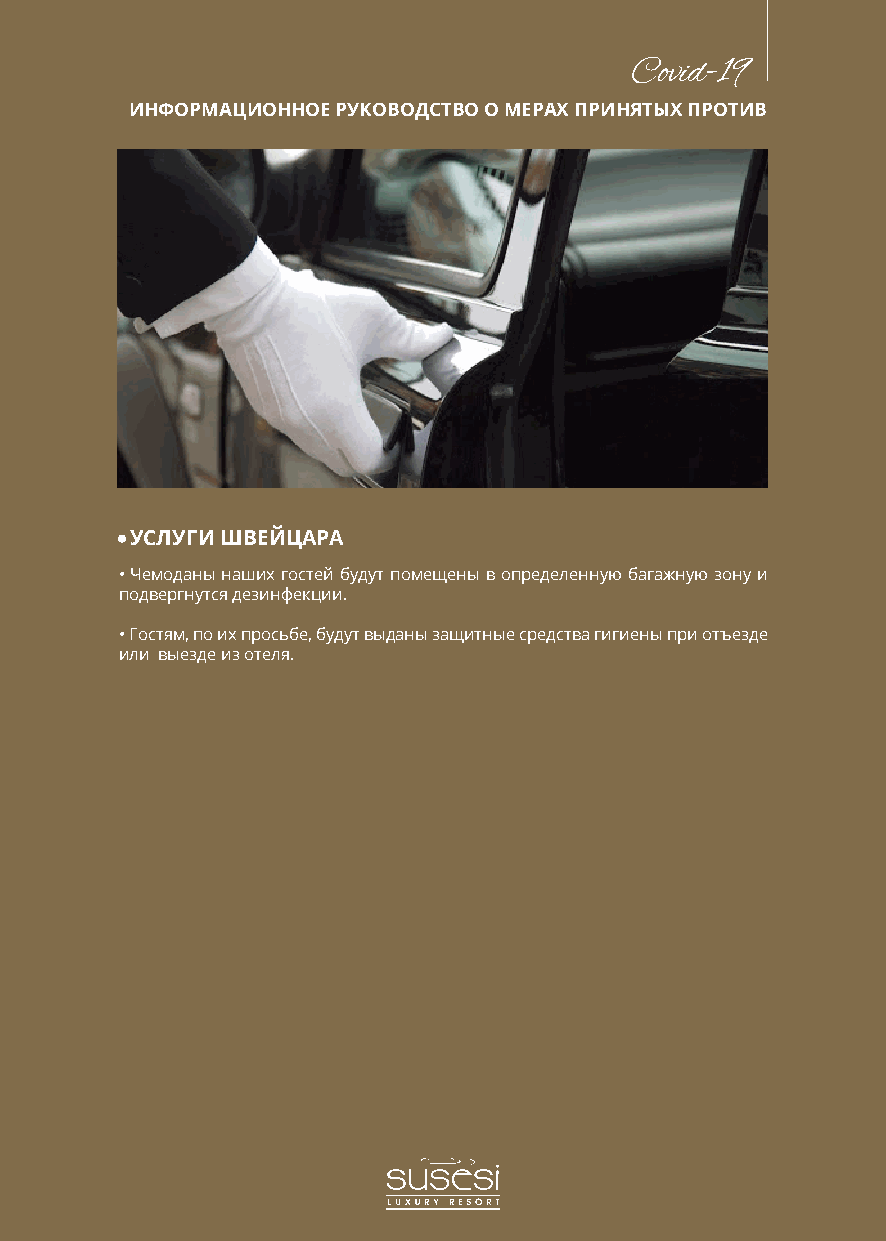
Covid-19
 ИНФОРМАЦИОННОЕ РУКОВОДСТВО О МЕРАХ ПРИНЯТЫХ ПРОТИВ
 УСЛУГИ ШВЕЙЦАРА
 • Чемоданы наших гостей будут помещены в определенную багажную зону и
 подвергнутся дезинфекции.
 • Гостям, по их просьбе, будут выданы защитные средства гигиены при отъезде
 или выезде из отеля.